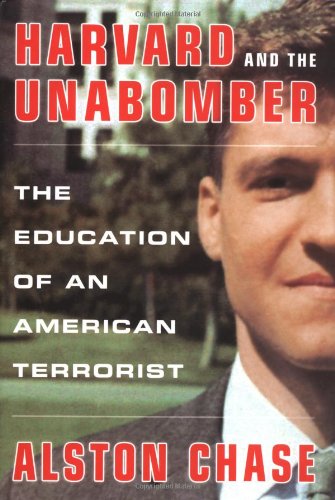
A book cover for Harvard and the Unabomber: The Education of an American Terrorist; Alston Chase; Biographies & Memoirs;